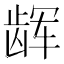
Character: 𱌳